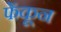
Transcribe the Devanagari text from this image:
फेंकून